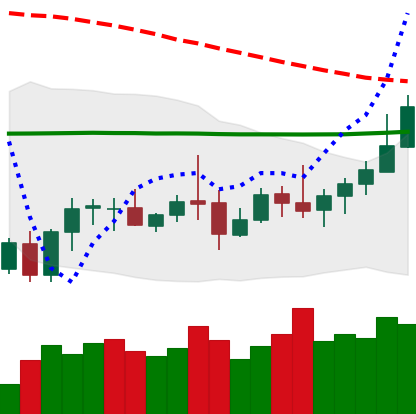
Ticker: LTC-USD
Chart end date: 2020-10-11
Forward return: -5.983%
Label: down_5_7